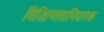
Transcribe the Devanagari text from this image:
विक्षिप्ततानिवारक